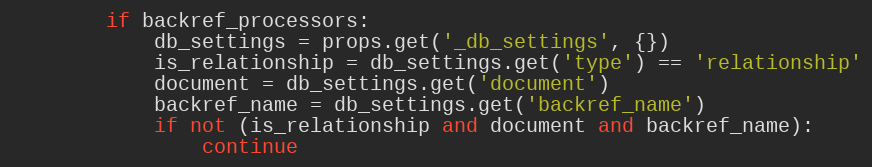
Language: Python
        if backref_processors:
            db_settings = props.get('_db_settings', {})
            is_relationship = db_settings.get('type') == 'relationship'
            document = db_settings.get('document')
            backref_name = db_settings.get('backref_name')
            if not (is_relationship and document and backref_name):
                continue